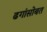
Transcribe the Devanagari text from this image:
ढगांसोबत